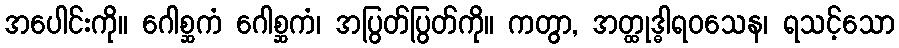
အပေါင်းကို။ ဂေါစ္ဆကံ ဂေါစ္ဆကံ၊ အပြွတ်ပြွတ်ကို။ ကတွာ, အတ္ထုဒ္ဓါရဝသေန၊ ရသင့်သော